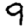
Digit: 9